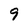
Character: 9